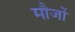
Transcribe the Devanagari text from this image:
मौजों